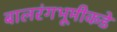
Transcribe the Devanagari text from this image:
बालरंगभूमीकडे